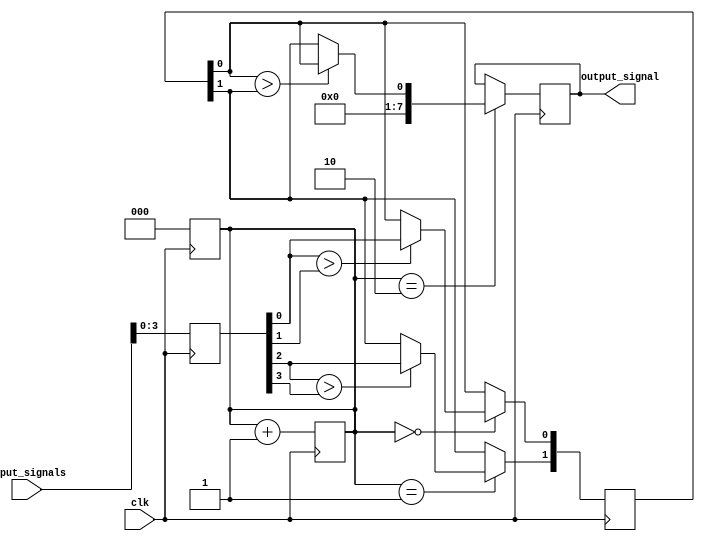
module binary_tree_arbiter(
    input wire clk,
    input wire [7:0] input_signals,
    output reg [7:0] output_signal
);

// Timing control and synchronization blocks
reg [7:0] reg_input_signals;
reg [7:0] reg_output_signal;
reg [2:0] stage_counter;

always @(posedge clk) begin
    stage_counter <= 0;
    reg_input_signals <= input_signals;
end

// Binary tree arbiter logic
always @(posedge clk) begin
    case (stage_counter)
        0: begin
            if (reg_input_signals[0] > reg_input_signals[1]) begin
                reg_output_signal[0] <= reg_input_signals[0];
            end
        end
        1: begin
            if (reg_input_signals[2] > reg_input_signals[3]) begin
                reg_output_signal[1] <= reg_input_signals[2];
            end
        end
        2: begin
            if (reg_output_signal[0] > reg_output_signal[1]) begin
                output_signal <= reg_output_signal[0];
            end
            else begin
                output_signal <= reg_output_signal[1];
            end
        end
    endcase

    stage_counter <= stage_counter + 1;
end

endmodule